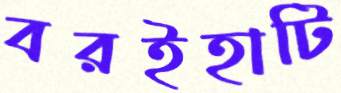
বরইহাটি